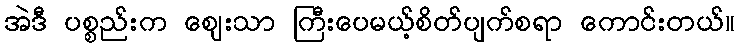
အဲဒီ ပစ္စည်းက ဈေးသာ ကြီးပေမယ့်စိတ်ပျက်စရာ ကောင်းတယ်။